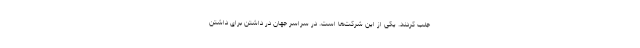
جلب کردند. یکی از این شرکت‌ها است. در سراسر جهان در داشتن برای داشتن